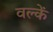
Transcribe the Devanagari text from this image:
वल्कें